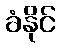
ခံနိုင်